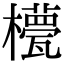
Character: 𣞑